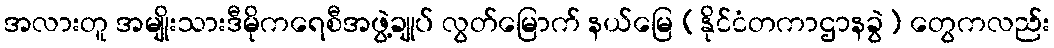
အလားတူ အမျိုးသားဒီမိုကရေစီအဖွဲ့ချုပ် လွတ်မြောက် နယ်မြေ (နိုင်ငံတကာဌာနခွဲ) တွေကလည်း